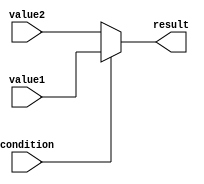
module conditional_assignment (
    input wire condition,       // Condition signal (1-bit)
    input wire [7:0] value1,   // First possible value (8-bit)
    input wire [7:0] value2,   // Second possible value (8-bit)
    output reg [7:0] result     // Output signal (8-bit)
);

// Always block for combinational logic
always @(*) begin
    // Conditional assignment using the ternary operator
    result = (condition) ? value1 : value2;
end

endmodule